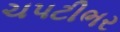
ચપટીભર